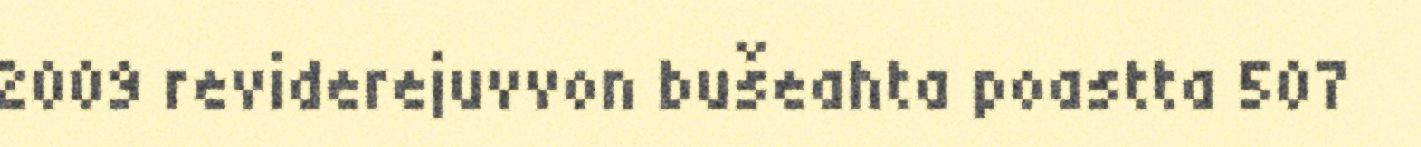
2009 reviderejuvvon bušeahta poastta 507